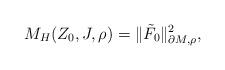
LaTeX: \begin{align*}M_H(Z_0,J,\rho)=\|\tilde F_0\|^2_{\partial M,\rho},\end{align*}